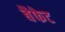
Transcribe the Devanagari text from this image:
बैफेट